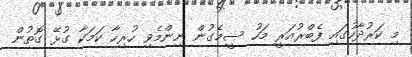
މި ކަރުދާހުގައި ފެބްރުއަރީ މަހު ސީމެގުން ނިންމެވި ހުރިހާ ކަމަކާ ގުޅޭ ގޮތުން